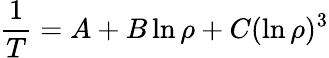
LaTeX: {\frac{1}{T}}=A+B\ln\rho+C(\ln\rho)^{3}